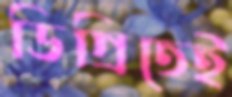
ডিগ্রিতেই